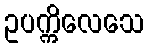
ဥပက္ကိလေသေ